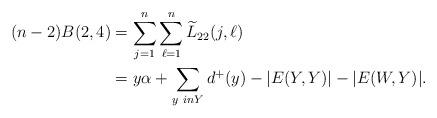
LaTeX: \begin{align*}(n-2) B(2,4) &= \sum_{j=1}^n \sum_{\ell = 1}^n \widetilde{L}_{22}(j, \ell) \\&= y\alpha + \sum_{y\ in Y} d^{+}(y) - |E(Y,Y)| - |E(W,Y)|. \end{align*}